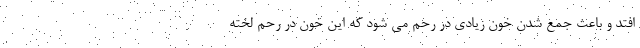
افتد و باعث جمع شدن خون زیادی در رحم می شود که این خون در رحم لخته